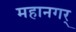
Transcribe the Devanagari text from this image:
महानगर्